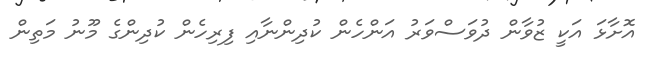
އޮށާޅަ އަކީ ޒުވާން ދުވަސްވަރު އަންހެން ކުދިންނާއި ފިރިހެން ކުދިންގެ މޫނު މަތިން